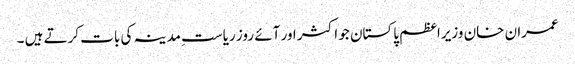
عمران خان وزیراعظم پاکستان جو اکثر اور آئے روز ریاست ِمدینہ کی بات کرتے ہیں ۔